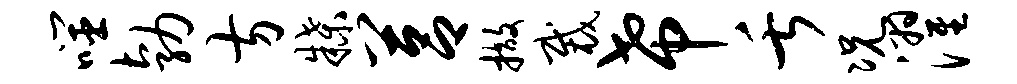
噬勃方牒莒撤裁希舌况濯